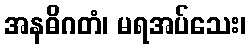
အနဓိဂတံ၊ မရအပ်သေး၊